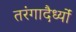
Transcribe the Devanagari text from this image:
तरंगादैर्ध्यों